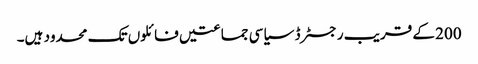
200 کے قریب رجسٹرڈ سیاسی جماعتیں فائلوں تک محدود ہیں۔